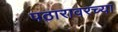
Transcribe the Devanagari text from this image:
पठारावरच्या